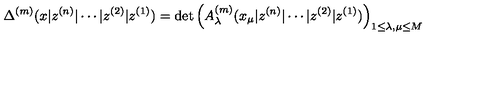
\Delta ^ { ( m ) } ( x | z ^ { ( n ) } | \cdots | z ^ { ( 2 ) } | z ^ { ( 1 ) } ) = \det \left( A _ { \lambda } ^ { ( m ) } ( x _ { \mu } | z ^ { ( n ) } | \cdots | z ^ { ( 2 ) } | z ^ { ( 1 ) } ) \right) _ { 1 \leq \lambda , \mu \leq M }